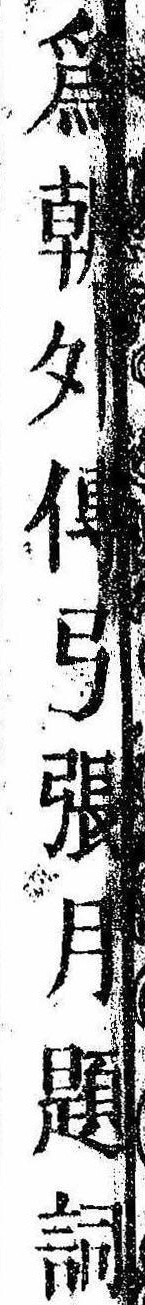
為朝外伝弓張月題詞